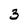
Character: 3